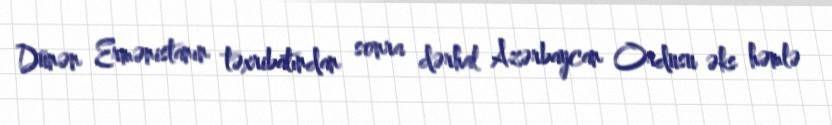
Dünən Ermənistanın təxribatından sonra dərhal Azərbaycan Ordusu əks həmlə